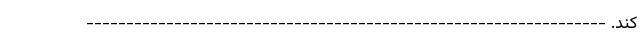
کند. -----------------------------------------------------------------